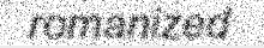
romanized